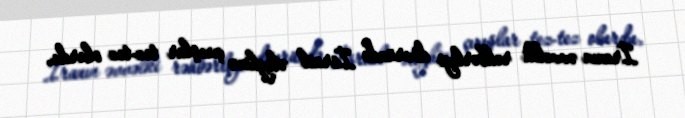
İranın əvvəlki rəhbərliyi dövründə İsrail əleyhinə çıxışlar tez-tez olurdu,